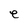
Character: e